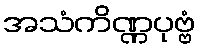
အသံကိဏ္ဏပုဗ္ဗံ